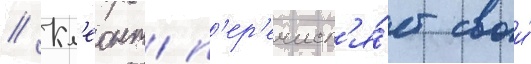
// Кл'еонт п'ер'ечисл'я́ет свои́